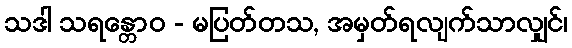
သဒါ သရန္တောဝ - မပြတ်တသ, အမှတ်ရလျက်သာလျှင်၊